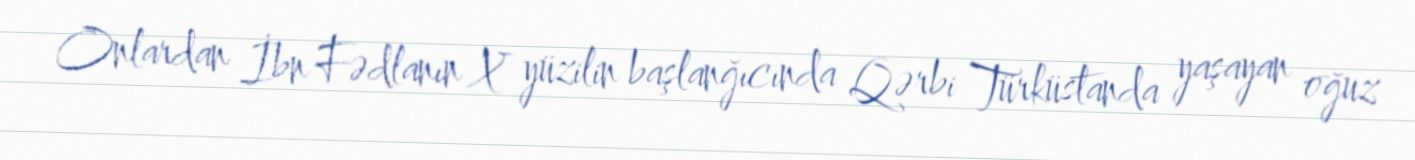
Onlardan İbn Fədlanın X yüzilin başlanğıcında Qərbi Türküstanda yaşayan oğuz